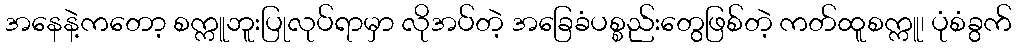
အနေနဲ့ကတော့ စက္ကူဘူးပြုလုပ်ရာမှာ လိုအပ်တဲ့ အခြေခံပစ္စည်းတွေဖြစ်တဲ့ ကတ်ထူစက္ကူ၊ ပုံစံခွက်